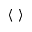
\langle ~ \rangle